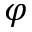
\varphi